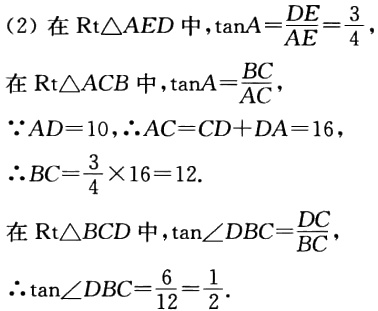
（2）在\(Rt\triangle AED\)中，\(\tan A = \frac{DE}{AE}=\frac{3}{4}\)，

在\(Rt\triangle ACB\)中，\(\tan A=\frac{BC}{AC}\)，

\(\because AD = 10\)，\(\therefore AC=CD + DA = 16\)，

\(\therefore BC=\frac{3}{4}\times16 = 12\).

在\(Rt\triangle BCD\)中，\(\tan\angle DBC=\frac{DC}{BC}\)，

\(\therefore\tan\angle DBC=\frac{6}{12}=\frac{1}{2}\).